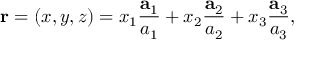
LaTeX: \mathbf { r } = ( x , y , z ) = x _ { 1 } { \frac { \mathbf { a } _ { 1 } } { a _ { 1 } } } + x _ { 2 } { \frac { \mathbf { a } _ { 2 } } { a _ { 2 } } } + x _ { 3 } { \frac { \mathbf { a } _ { 3 } } { a _ { 3 } } } ,